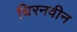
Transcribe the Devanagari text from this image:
चिरनवीन